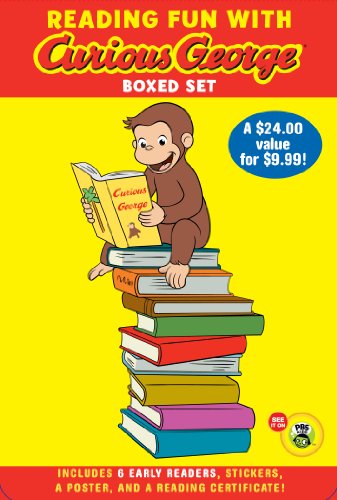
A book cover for Reading Fun with Curious George Boxed Set (CGTV reader boxed set) (Green Light Readers Level 1); H. A. Rey; Children's Books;